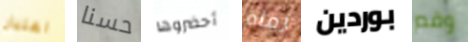
اعتبار حسنا أحضروها زمام بوردين وقم